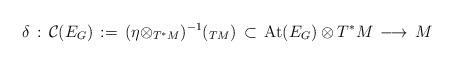
LaTeX: \begin{align*}\delta\, :\, {\mathcal C}(E_G)\, :=\, (\eta\otimes _{T^*M})^{-1}(_{TM})\, \subset\, {\rm At}(E_G)\otimes T^*M \,\longrightarrow\, M\end{align*}